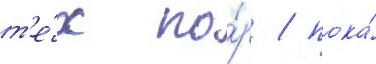
т'е́х по́р / пока́